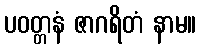
ပဝတ္တနံ ဇာဂရိတံ နာမ။